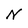
Character: N